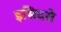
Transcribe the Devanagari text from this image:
इसिदरो